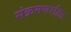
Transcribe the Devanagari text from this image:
संक्रमणरहित